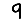
Digit: 9